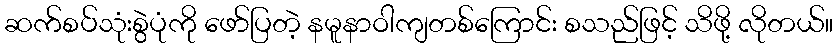
ဆက်စပ်သုံးစွဲပုံကို ဖော်ပြတဲ့ နမူနာဝါကျတစ်ကြောင်း စသည်ဖြင့် သိဖို့ လိုတယ်။